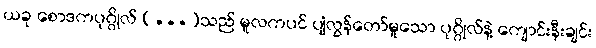
ယခု စောဒကပုဂ္ဂိုလ် (...)သည် မူလကပင် ပျံလွန်တော်မူသော ပုဂ္ဂိုလ်နဲ့ ကျောင်းနီးချင်း